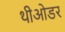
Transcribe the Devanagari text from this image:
थीओडर